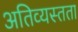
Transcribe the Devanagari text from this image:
अतिव्यस्तता